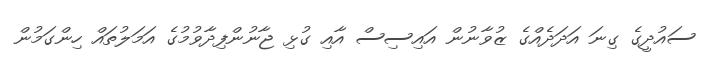
ސައުދީގެ ގިނަ އަދަދެއްގެ ޒުވާނުން އައިސިސް އާއި ގުޅި ޖާނުންފިދާވުމުގެ އަމަލުތައް ހިންގަމުން